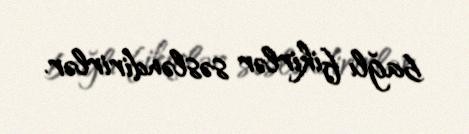
bağlı fikirlər səsləndirirlər.